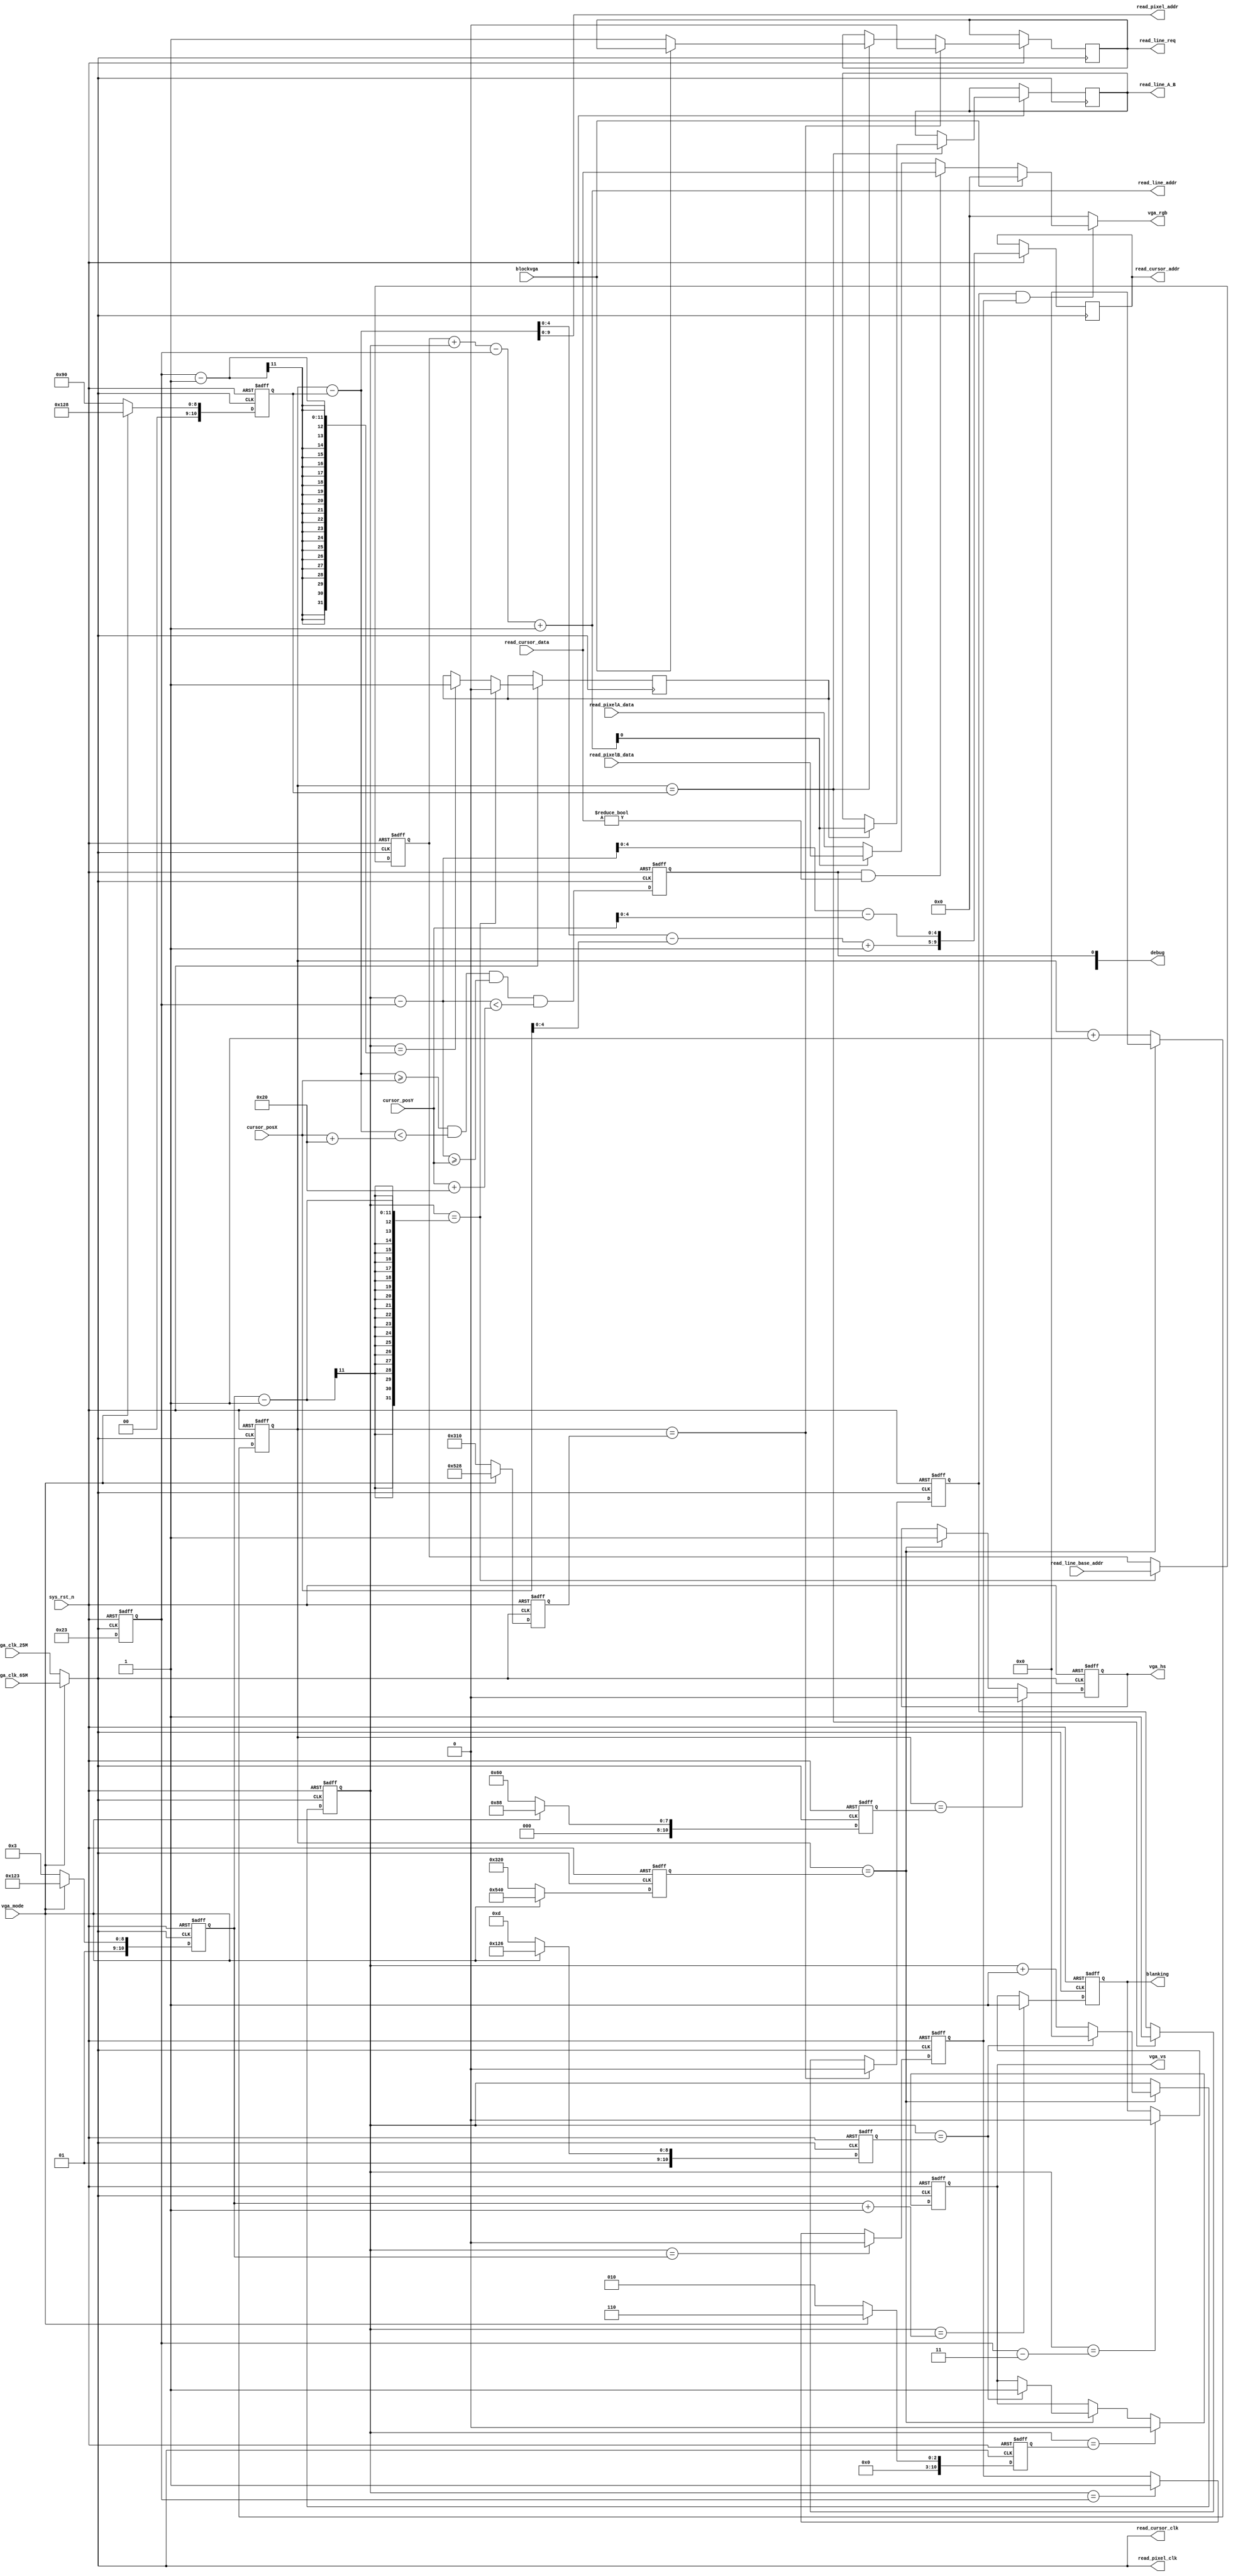
module vga_driver8m(
    input           sys_rst_n,    //复位信号
input vga_clk_25M,
input vga_clk_65M,

    //00 640*480 txt
    //01 640*480 img
    //1x 1024*768 img
    input vga_mode,
    output reg blanking,
    input blockvga,
    
    output reg       read_line_req ,
    output reg       read_line_A_B ,
    output    [15:0] read_line_addr,//4kline total
    input     [15:0] read_line_base_addr,//start line

    input [15:0] read_pixelA_data,
    input [15:0] read_pixelB_data,
    output [9:0] read_pixel_addr,
    output       read_pixel_clk,

    input  [9:0] cursor_posX,//0~1024
    input  [9:0] cursor_posY,//0~1024
    input [15:0] read_cursor_data,
    output reg [9:0] read_cursor_addr,//32 * 32
    output       read_cursor_clk,
    
    //VGA接口
    output     reg     vga_hs,       //行同步信号
    output     reg     vga_vs,       //场同步信号
    output  [15:0]  vga_rgb,      //红绿蓝三原色输出
    
    output [7:0] debug
  );

//parameter define  
parameter  H25_SYNC   =  11'd96;    //行同步
parameter  H25_BACK   =  11'd48;    //行显示后沿
parameter  H25_DISP   =  11'd640;   //行有效数据
parameter  H25_TOTAL  =  11'd800;   //行扫描周期

parameter  V25_SYNC   =  11'd2;     //场同步
parameter  V25_BACK   =  11'd33;    //场显示后沿
parameter  V25_DISP   =  11'd480;   //场有效数据
parameter  V25_TOTAL  =  11'd525;   //场扫描周期


//1024*768 60FPS_65MHz
parameter  H65_SYNC   =  11'd136;   //行同步     
parameter  H65_BACK   =  11'd160;   //行显示后沿
parameter  H65_DISP   =  11'd1024;  //行有效数据
parameter  H65_TOTAL  =  11'd1344;  //行扫描周期  注意位宽长度,需要11位的位宽

parameter  V65_SYNC   =  11'd6;     //场同步
parameter  V65_BACK   =  11'd29;    //场显示后沿
parameter  V65_DISP   =  11'd768;   //场有效数据
parameter  V65_TOTAL  =  11'd806;   //场扫描周期

//wire define

//使能RGB565数据输出
wire vga_en  = h_active && v_active;
                 
//RGB565数据输出
assign vga_rgb = vga_en ?  pixel_data: 16'd0;//16'hffff  pixel_data

wire vga_clk = vga_mode ? vga_clk_65M : vga_clk_25M;

assign read_pixel_clk = vga_clk;
assign read_cursor_clk = vga_clk;
reg h_active;
reg v_active;
reg v_active_ram;

//reg define
reg  [10:0] cnt_h;
reg  [10:0] cnt_v;

reg [10:0]h_total;
reg [10:0]v_total;
reg [10:0]h_sync;
reg [10:0]v_sync;
reg [10:0]h_start;
reg [10:0]v_start;
reg [10:0]h_end;
reg [10:0]v_end;

reg showCursor;

assign debug[0] = showCursor;

reg [15:0] curr_read_line_base_addr;
assign read_line_addr = curr_read_line_base_addr + cnt_v - v_start + 1'b1;
wire [15:0]  pixel_data = blockvga ? 16'b0 : ((showCursor && read_cursor_data != 0) ? read_cursor_data : ( read_line_addr[0]?read_pixelB_data:read_pixelA_data ) );

assign read_pixel_addr = dotPosX[9:0];

//字符模式：
//80*30
//128*32:4096byte //BUFFA BUFFB
//8*16 char table 
//16byte per char
//128char = 2048byte
//提前2周期取字符，提前1周期取像素，8周期显示像素

wire [4:0] cursorPixX = dotPosX - cursor_posX + 1'b1;
wire [4:0] cursorPixY = dotPosY - cursor_posY;

wire [10:0] dotPosX = cnt_h - h_start;
wire [10:0] dotPosY = cnt_v - v_start;

always @(posedge vga_clk or negedge sys_rst_n) begin
    if (!sys_rst_n)begin
      cnt_h <= 0;
      cnt_v <= 0;
      vga_hs <= 0;
      vga_vs <= 0;
      h_active <= 0;
      v_active <= 0;
      h_total <= H25_TOTAL;
      v_total <= V25_TOTAL;
      h_sync <= H25_SYNC;
      v_sync <= V25_SYNC;
      h_start <= H25_SYNC + H25_BACK;
      v_start <= V25_SYNC + V25_BACK;
      h_end <= H25_SYNC + H25_BACK + H25_DISP;
      v_end <= V25_SYNC + V25_BACK + V25_DISP;
      blanking <= 0;
      curr_read_line_base_addr <= 0;
      showCursor <= 0;
    end else begin
      if(vga_mode)begin
        h_total <= H65_TOTAL;
        v_total <= V65_TOTAL;
        h_sync <= H65_SYNC;
        v_sync <= V65_SYNC;
        h_start <= H65_SYNC + H65_BACK;
        v_start <= V65_SYNC + V65_BACK;
        h_end <= H65_SYNC + H65_BACK + H65_DISP;
        v_end <= V65_SYNC + V65_BACK + V65_DISP;
      end else begin
        h_total <= H25_TOTAL;
        v_total <= V25_TOTAL;
        h_sync <= H25_SYNC;
        v_sync <= V25_SYNC;
        h_start <= H25_SYNC + H25_BACK;
        v_start <= V25_SYNC + V25_BACK;
        h_end <= H25_SYNC + H25_BACK + H25_DISP;
        v_end <= V25_SYNC + V25_BACK + V25_DISP;
      end
    
      cnt_h <= cnt_h + 1'b1;
      if(cnt_h == h_total)begin
        cnt_h <= 10'd0;
        vga_hs <= 1;
        cnt_v <= cnt_v + 1'b1;
        if(cnt_v == v_total)begin
          cnt_v <= 10'd0;
          vga_vs <= 1;
        end
      end
    
      showCursor <= (dotPosX >= cursor_posX) && (dotPosX < (cursor_posX + 32)) && (dotPosY >= cursor_posY) && (dotPosY < (cursor_posY + 32));
      read_cursor_addr <= {cursorPixX,cursorPixY};
    
      if(cnt_h == h_sync)begin
        vga_hs <= 0;
      end
      if(cnt_v == v_sync)begin
        vga_vs <= 0;
      end
      
        
      if(cnt_h == h_start)begin
        h_active <= 1;
        if(v_active_ram)begin
          read_line_A_B<=read_line_addr[0];
        end
        if(!blockvga)begin
          read_line_req<=1;
        end
      end
      
      if(cnt_h == h_end)begin
        h_active <= 0;
        read_line_req <= 0;
      end
      
      if(cnt_v == v_start)begin
        v_active <= 1;
      end

      if(cnt_v == v_end)begin
        v_active <= 0;
      end
      
      if(cnt_v == (v_start-1))begin
        v_active_ram <= 1;
      end

      if(cnt_v == (v_end-1))begin
        v_active_ram <= 0;
        curr_read_line_base_addr <= read_line_base_addr;
      end
      
      if(cnt_v == (v_start-11'b11))begin
        blanking <= 0;
      end
      
      if(cnt_v == (v_end+1'b1))begin
        blanking <= 1;
      end

    end
end

endmodule